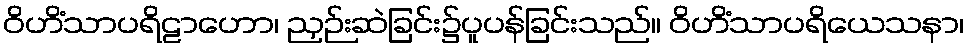
ဝိဟိံသာပရိဠာဟော၊ ညှဉ်းဆဲခြင်း၌ပူပန်ခြင်းသည်။ ဝိဟိံသာပရိယေသနာ၊